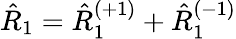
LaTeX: \hat{R}_{1}=\hat{R}_{1}^{(+1)}+\hat{R}_{1}^{(-1)}